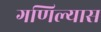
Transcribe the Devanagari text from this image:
गणिल्यास